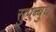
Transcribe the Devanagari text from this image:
सुपब्बुध